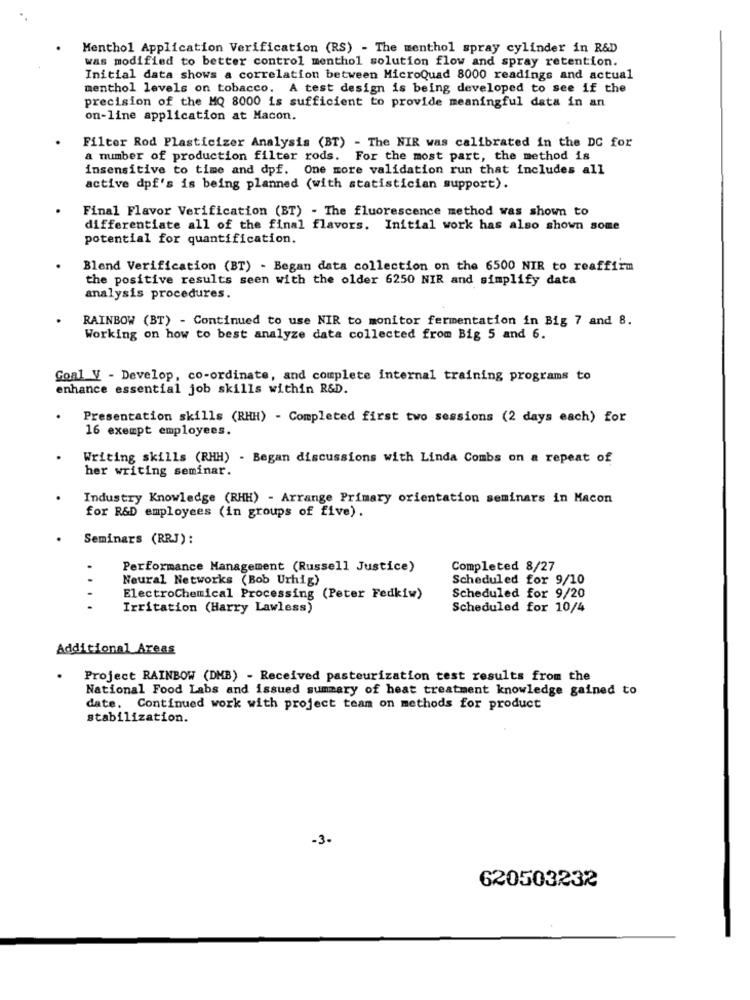
Menthol Application Verification (RS) - The menthol spray cylinder in R&D
was modified to better control menthol solution flow and spray retention.
Initial data shows a correlation between MicroQuad 8000 readings and actual
menthol levels on tobacco. A test design is being developed to see if the
precision of the MQ 8000 is sufficient to provide meaningful data in an
on-line application at Macon.
Filter Rod Plasticizer Analysis (BT) - The NIR was calibrated in the DC for
a number of production filter rods. For the most part, the method is
insensitive to time and dpf. One more validation run that includes all
active dpf's is being planned (with statistician support).
Final Flavor Verification (BT) - The fluorescence method was shown to
differentiate all of the final flavors. Initial work has also shown some
potential for quantification.
Blend Verification (BT) - Began data collection on the 6500 NIR to reaffirm
the positive results seen with the older 6250 NIR and simplify data
analysis procedures.
RAINBOW (BT) - Continued to use NIR to monitor fermentation in Big 7 and 8.
Working on how to best analyze data collected from Big 5 and 6.
Goal V - Develop, co-ordinate, and complete internal training programs to
enhance essential job skills within R&D.
. Presentation skills (RHH) - Completed first two sessions (2 days each) for
16 exempt employees.
Writing skills (RHH) - Began discussions with Linda Combs on a repeat of
her writing seminar.
Industry Knowledge (RHH) - Arrange Primary orientation seminars in Macon
for R&D employees (in groups of five).
Seminars (RRJ) :
.
Performance Management (Russell Justice)
Completed 8/27
Neural Networks (Bob Urhig)
Scheduled for 9/10
ElectroChemical Processing (Peter Fedkiw)
Scheduled for 9/20
Irritation (Harry Lawless)
Scheduled for 10/4
Additional Areas
Project RAINBOW (DMB) - Received pasteurization test results from the
National Food Labs and issued summary of heat treatment knowledge gained to
date. Continued work with project team on methods for product
stabilization.
-3.
620503232